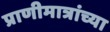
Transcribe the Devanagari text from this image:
प्राणीमात्रांच्या